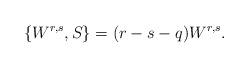
LaTeX: \begin{align*}\{W^{r,s},S\}=(r-s-q)W^{r,s} . \end{align*}